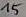
Text: 15